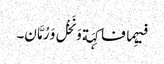
فیہِما فاکِہَة وَ نَخْل وَ رُمَّان۔